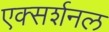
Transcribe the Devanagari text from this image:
एक्सर्शनल